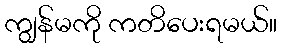
ကျွန်မကို ကတိပေးရမယ်။